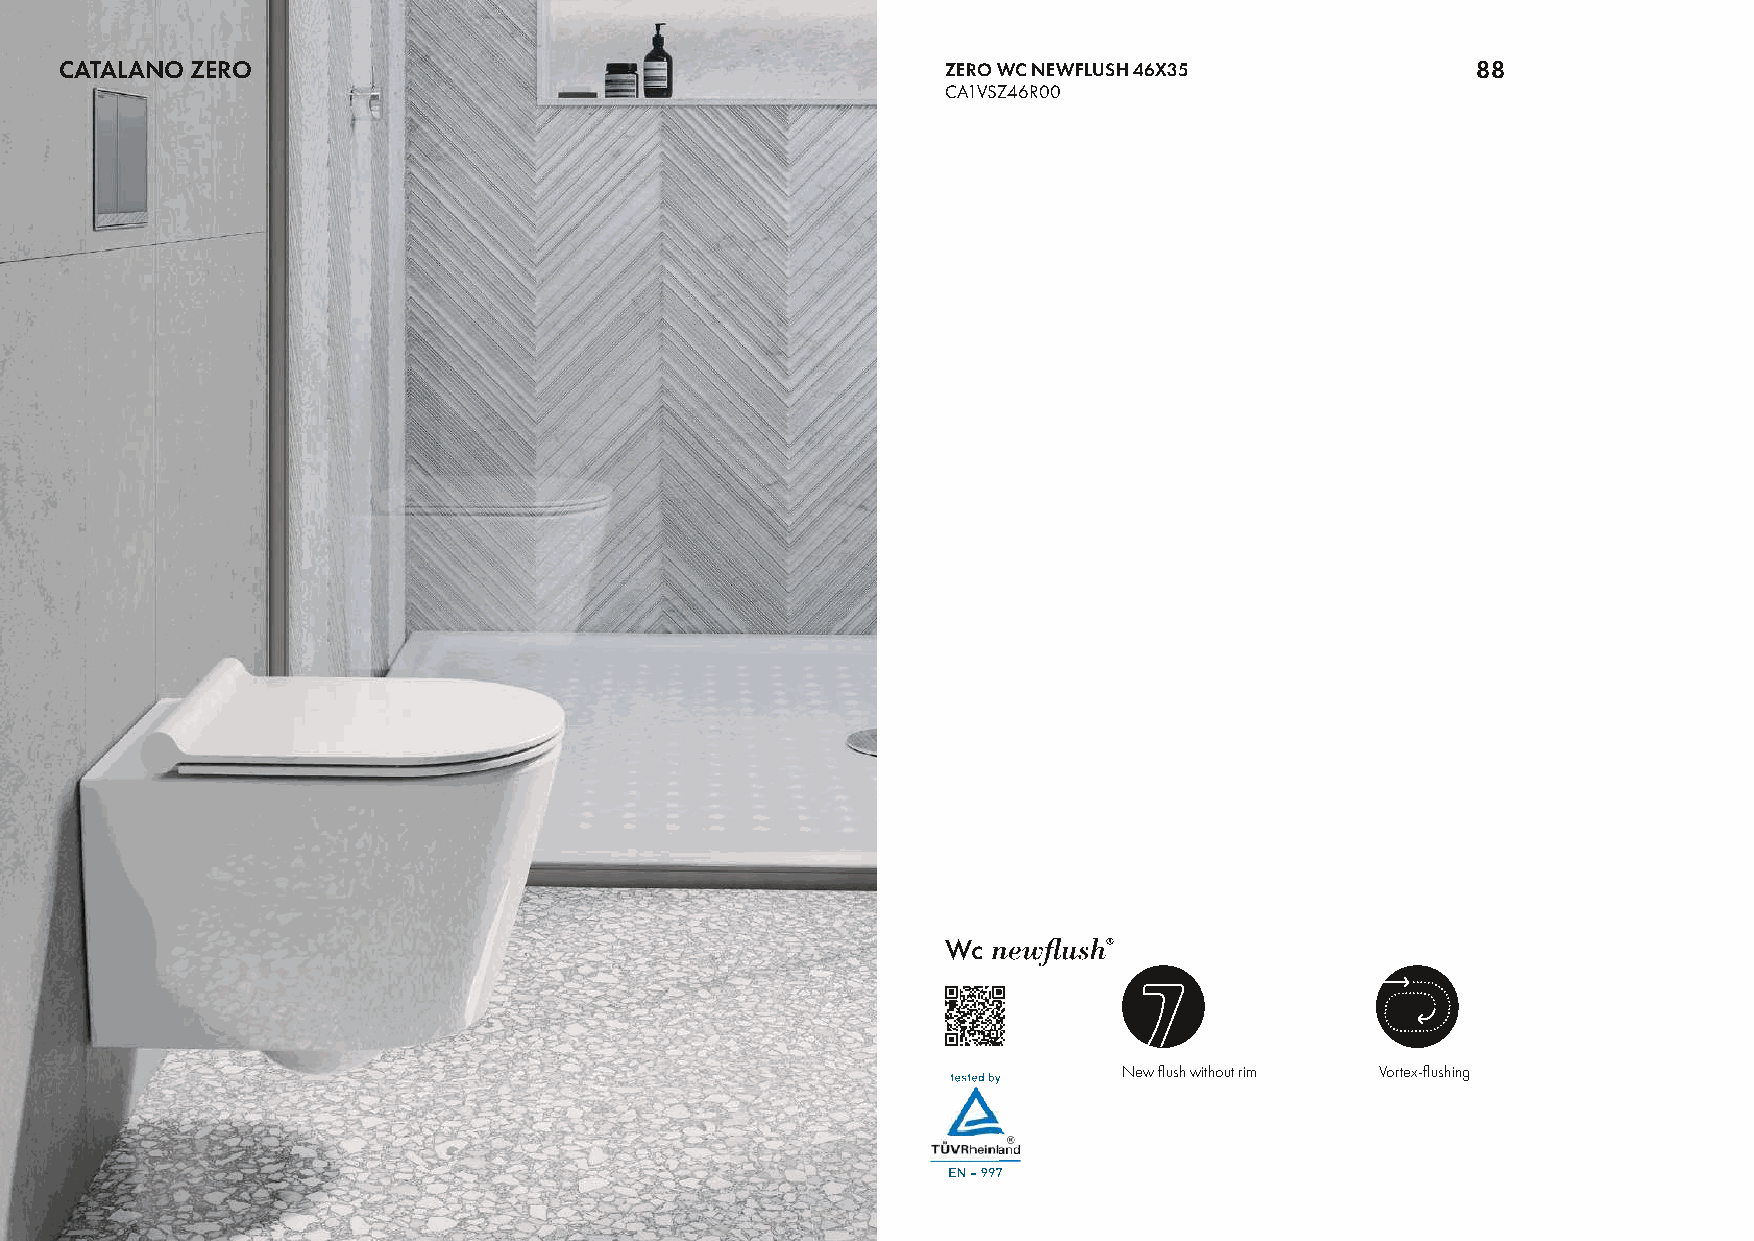
CATALANO ZERO                                              ZERO WC NEWFLUSH 46X35             88
 CA1VSZ46R00
 Wc
 New flush without rim Vortex-flushing